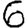
Digit: 6